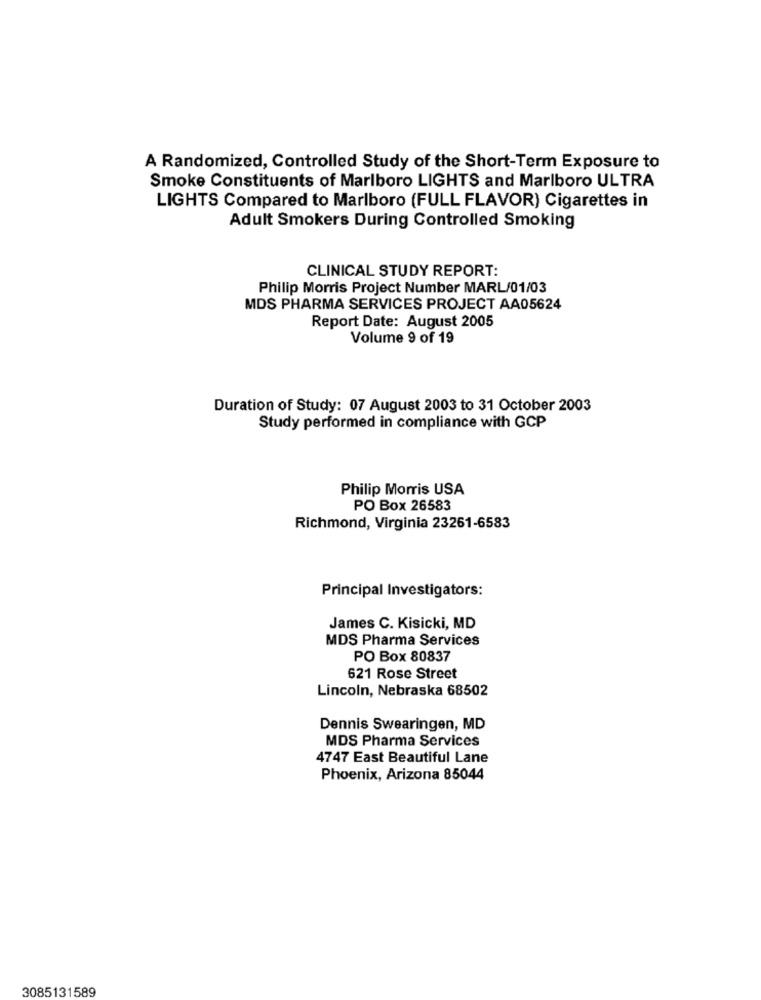
A Randomized, Controlled Study of the Short-Term Exposure to
Smoke Constituents of Marlboro LIGHTS and Marlboro ULTRA
LIGHTS Compared to Marlboro (FULL FLAVOR) Cigarettes in
Adult Smokers During Controlled Smoking
CLINICAL STUDY REPORT:
Philip Morris Project Number MARL/01/03
MDS PHARMA SERVICES PROJECT AA05624
Report Date: August 2005
Volume 9 of 19
Duration of Study: 07 August 2003 to 31 October 2003
Study performed in compliance with GCP
Philip Morris USA
PO Box 26583
Richmond, Virginia 23261-6583
Principal Investigators:
James C. Kisicki, MD
MDS Pharma Services
PO Box 80837
621 Rose Street
Lincoln, Nebraska 68502
Dennis Swearingen, MD
MDS Pharma Services
4747 East Beautiful Lane
Phoenix, Arizona 85044
3085131589